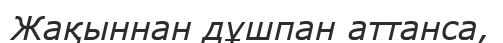
Жақыннан дұшпан аттанса,